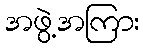
အဖွဲ့အကြား